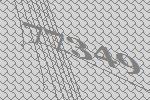
77349